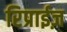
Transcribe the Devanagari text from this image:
रिप्राईज़